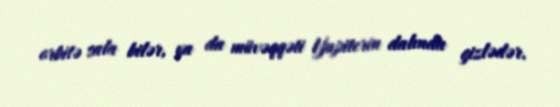
orbitə sala bilər, ya da müvəqqəti Yupiterin dalında gizlədər.